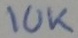
Text: 10k